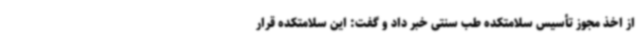
از اخذ مجوز تأسیس سلامتکده طب سنتی خبر داد و گفت: این سلامتکده قرار